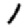
Digit: 1